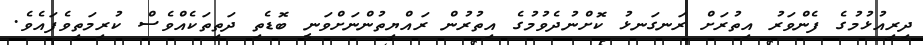
ދިރިއުޅުމުގެ ފެންވަރު އިތުރަށް ރަނގަނޅު ކޮށްނުދެވުމުގެ އިތުރުން ރައްޔިތުންނަށްވަނީ ބޮޑެތި ދަތިތަކެއްވެސް ކުރިމަތިވެފައެވެ.